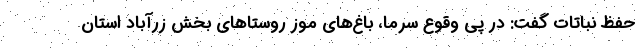
حفظ نباتات گفت: در پی وقوع سرما، باغ‌های موز روستاهای بخش زرآباد استان